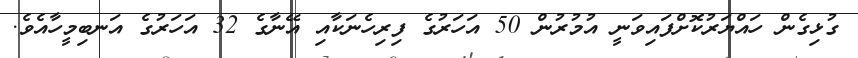
ގުޅިގެން ހައްޔަރުކޮށްފައިވަނީ އުމުރުން 50 އަހަރުގެ ފިރިހެނަކާއި އޭނާގެ 32 އަހަރުގެ އަނބިމީހާއެވެ.